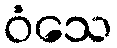
ဝံသေ